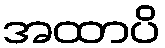
အထာပိ